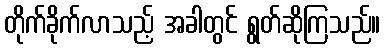
တိုက်ခိုက်လာသည့် အခါတွင် ရွတ်ဆိုကြသည်။